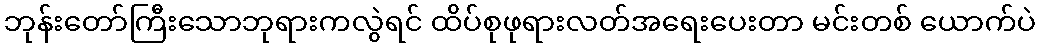
ဘုန်းတော်ကြီးသောဘုရားကလွဲရင် ထိပ်စုဖုရားလတ်အရေးပေးတာ မင်းတစ် ယောက်ပဲ